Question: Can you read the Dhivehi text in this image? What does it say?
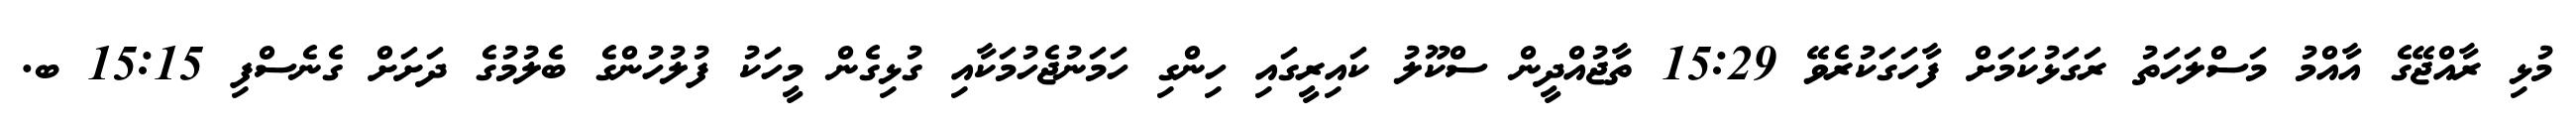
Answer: މުޅި ރާއްޖޭގެ އާއްމު މަސްލަހަތު ރަގަޅުކަމަށް ފާހަގަކުރެވޭ 15:29 ތާޖުއްދީން ސްކޫލު ކައިރީގައި ހިންގި ހަމަނުޖެހުމަކާއި ގުޅިގެން މީހަކު ފުލުހުންގެ ބެލުމުގެ ދަށަށް ގެނެސްފި 15:15 ބ.